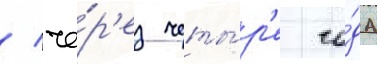
/ че́р'ез четы́р'е го́да